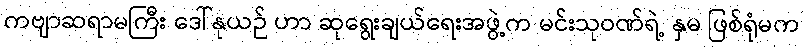
ကဗျာဆရာမကြီး ဒေါ်နုယဉ် ဟာ ဆုရွေးချယ်ရေးအဖွဲ့က မင်းသုဝဏ်ရဲ့ နှမ ဖြစ်ရုံမက